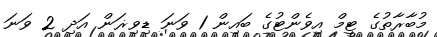
މުބާރާތުގެ ޓީމް އިވެންޓުގެ ބައިން 1 ވަނަ ޑިވިޜަން އަދި 2 ވަނަ